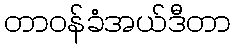
တာဝန်ခံအယ်ဒီတာ